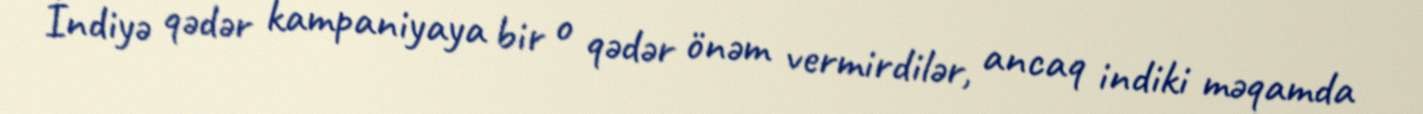
İndiyə qədər kampaniyaya bir o qədər önəm vermirdilər, ancaq indiki məqamda